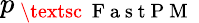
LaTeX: p_{\mathrm{~\textsc~{~F~a~s~t~P~M~}~}}